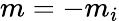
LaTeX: m=-m_{i}